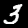
Digit: 3